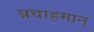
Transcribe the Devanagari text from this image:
प्रवाहमान्